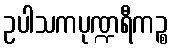
ဥပါသကပုဏ္ဍရီကဉ္စ